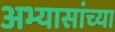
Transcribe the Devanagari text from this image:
अभ्यासांच्या